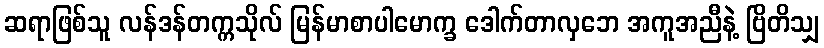
ဆရာဖြစ်သူ လန်ဒန်တက္ကသိုလ် မြန်မာစာပါမောက္ခ ဒေါက်တာလှဘေ အကူအညီနဲ့ ဗြိတိသျှ